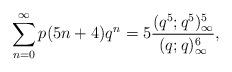
LaTeX: \begin{align*}\sum_{n=0}^{\infty}p(5n+4)q^{n}=5\dfrac{(q^{5};q^{5})_{\infty}^{5}}{(q;q)_{\infty}^{6}},\end{align*}